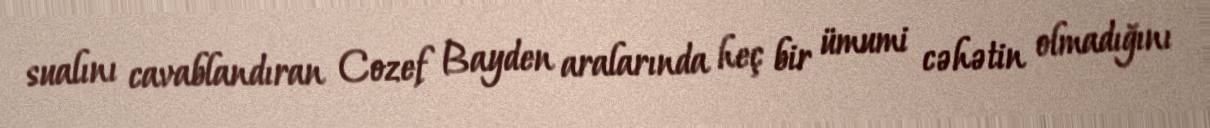
sualını cavablandıran Cozef Bayden aralarında heç bir ümumi cəhətin olmadığını